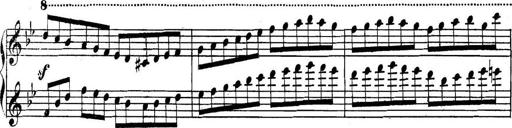
Title: Collected Piano Sonatas
Composer: Muzio Clementi